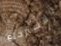
للإسترخاء